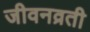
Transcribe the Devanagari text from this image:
जीवनव्रती